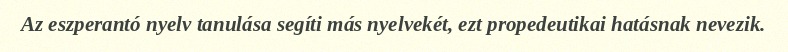
Az eszperantó nyelv tanulása segíti más nyelvekét, ezt propedeutikai hatásnak nevezik.